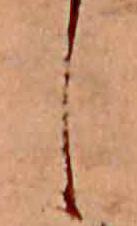
し